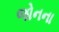
જોનના